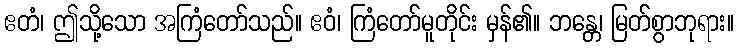
ဧတံ၊ ဤသို့သော အကြံတော်သည်။ ဧဝံ၊ ကြံတော်မူတိုင်း မှန်၏။ ဘန္တေ၊ မြတ်စွာဘုရား။